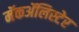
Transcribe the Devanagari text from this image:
मॅकॲलिस्टेर